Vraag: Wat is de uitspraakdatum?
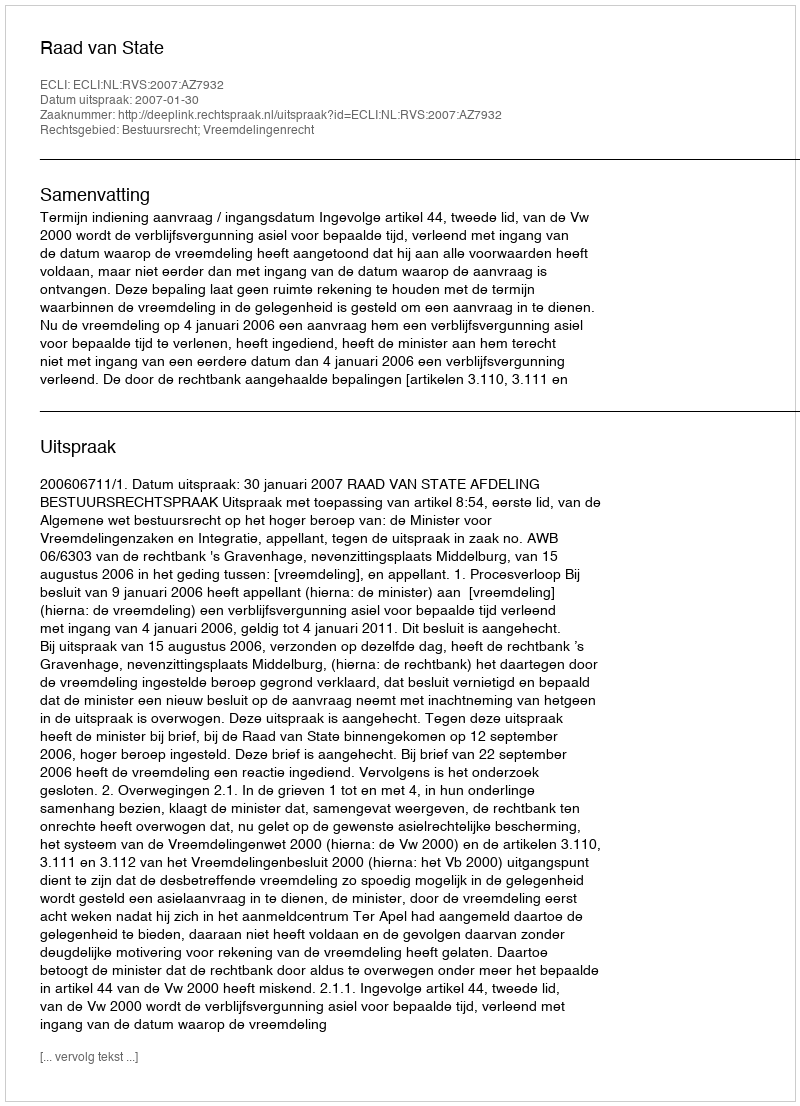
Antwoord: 2007-01-30